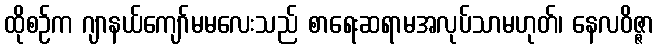
ထိုစဉ်က ဂျာနယ်ကျော်မမလေးသည် စာရေးဆရာမအလုပ်သာမဟုတ်၊ နေလဝိဇ္ဇာ